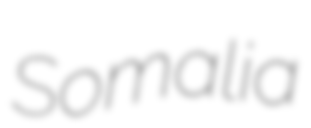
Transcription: Somalia